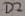
Text: D2